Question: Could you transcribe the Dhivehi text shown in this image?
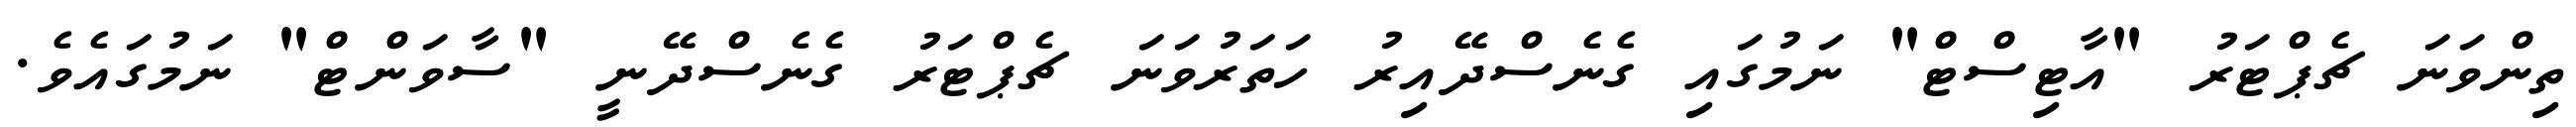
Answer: ތިންވަނަ ޗެޕްޓަރު "އާޓިސްޓް" ނަމުގައި ގެނެސްދޭއިރު ހަތަރުވަނަ ޗެޕްޓަރު ގެނެސްދޭނީ "ސާވަންޓް" ނަމުގައެވެ.